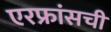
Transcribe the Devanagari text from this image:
एरफ्रांसची